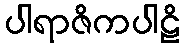
ပါရာဇိကပါဠိ